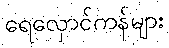
ရေလှောင်ကန်များ